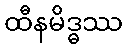
ထီနမိဒ္ဓဿ